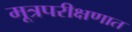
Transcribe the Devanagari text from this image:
मूत्रपरीक्षणात